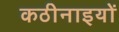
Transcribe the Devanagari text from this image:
कठीनाइयों